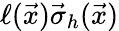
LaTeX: \ell(\vec{x})\vec{\sigma}_{h}(\vec{x})